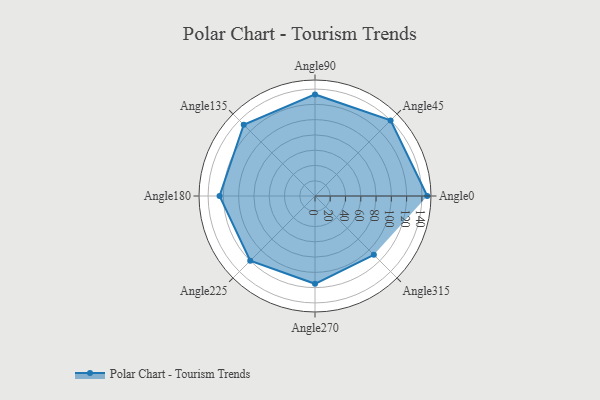
{"axis": {"x": "Angle", "y": "Radius"}, "legend": [""], "data": [{"x": "Angle0", "y": 147.0, "type": ""}, {"x": "Angle45", "y": 140.0, "type": ""}, {"x": "Angle90", "y": 133.0, "type": ""}, {"x": "Angle135", "y": 132.0, "type": ""}, {"x": "Angle180", "y": 125.0, "type": ""}, {"x": "Angle225", "y": 120.0, "type": ""}, {"x": "Angle270", "y": 115.0, "type": ""}, {"x": "Angle315", "y": 109.0, "type": ""}]}